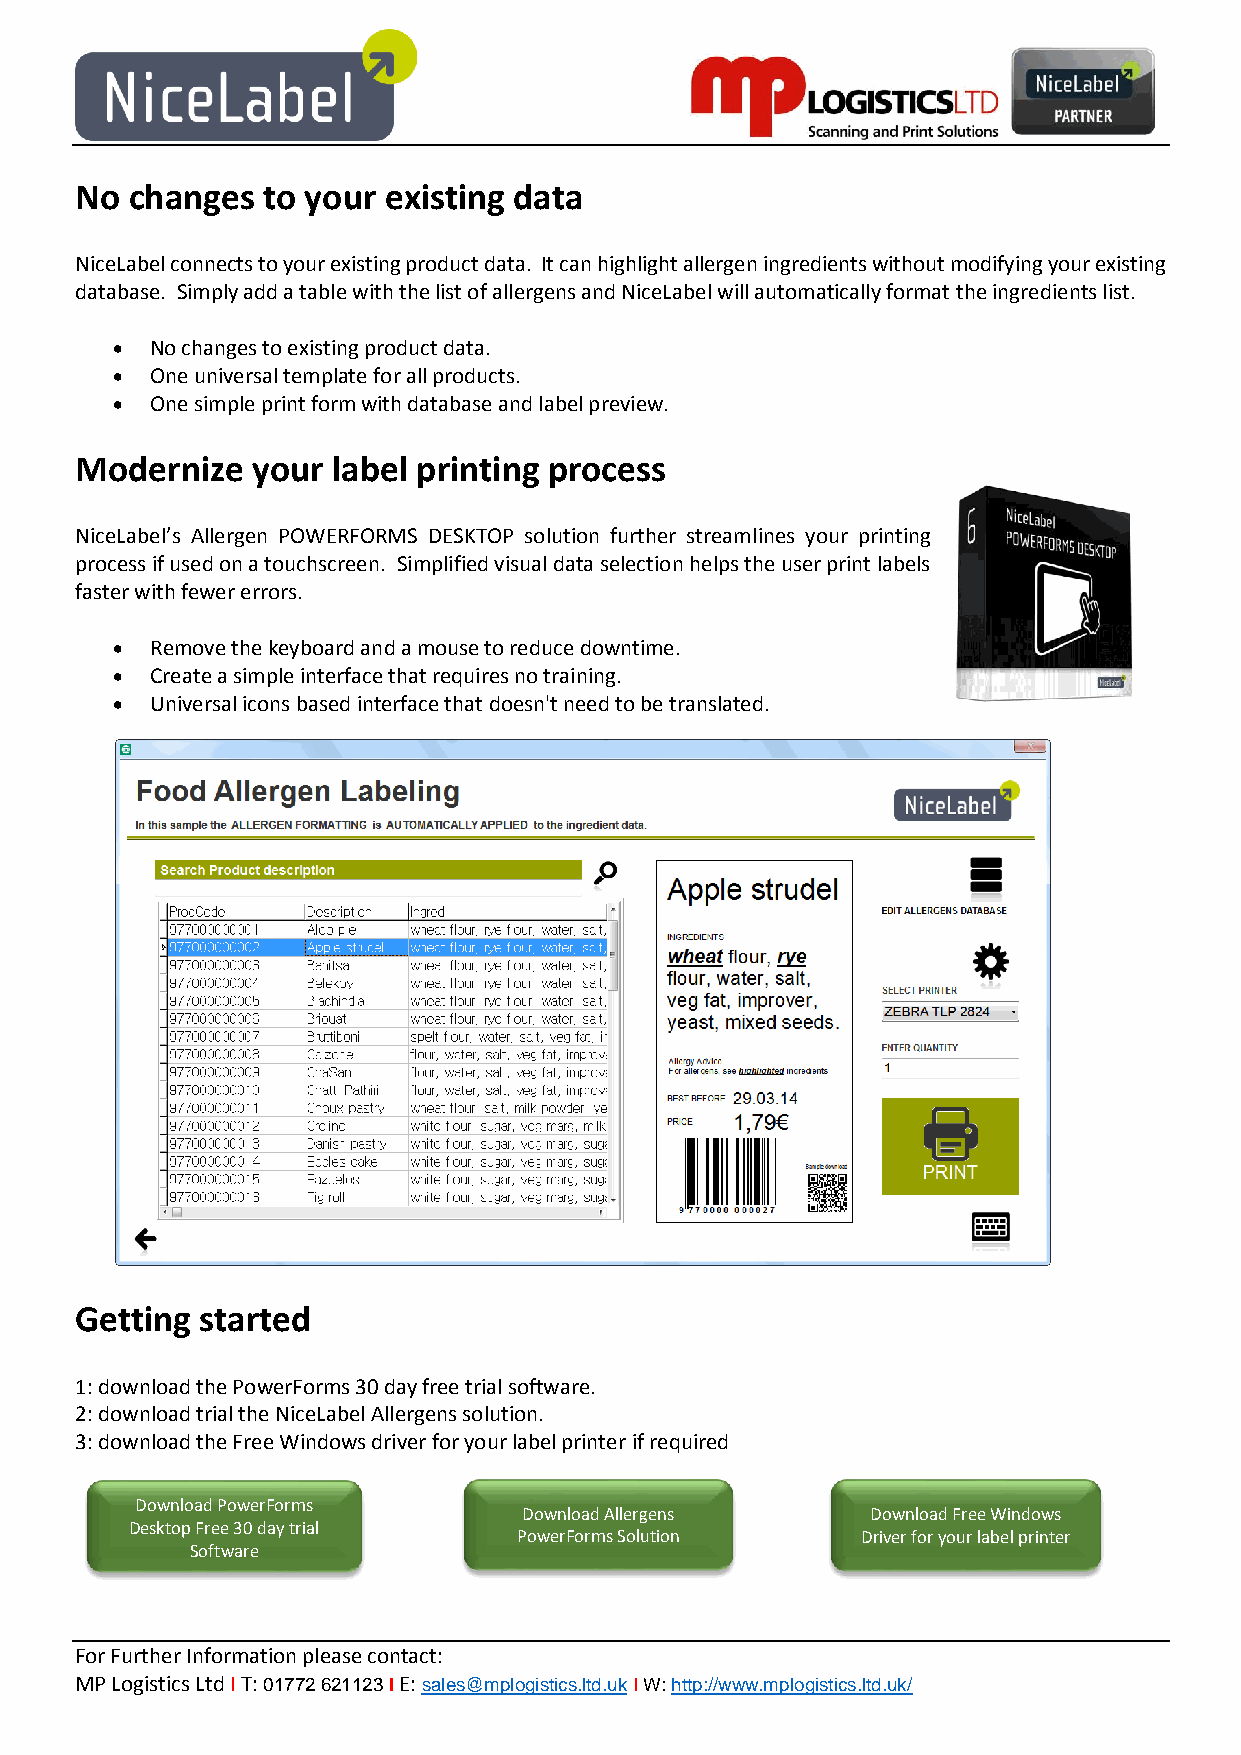
No  changes to your existing data
 NiceLabel connects to your existing product data. It can highlight allergen ingredients without modifying your existing
 database. Simply add a table with the list of allergens and NiceLabel will automatically format the ingredients list.
   No changes to existing product data.
   One universal template for all products.
   One simple print form with database and label preview.
 Modernize   your label printing process
 NiceLabel’s Allergen POWERFORMS DESKTOP solution further streamlines your printing
 process if used on a touchscreen. Simplified visual data selection helps the user print labels
 faster with fewer errors.
   Remove the keyboard and a mouse to reduce downtime.
   Create a simple interface that requires no training.
   Universal icons based interface that doesn't need to be translated.
 Getting started
 1: download the PowerForms 30 day free trial software.
 2: download trial the NiceLabel Allergens solution.
 3: download the Free Windows driver for your label printer if required
 Download PowerForms
 Download Allergens     Download Free Windows
 Desktop Free 30 day trial
 PowerForms Solution    Driver for your label printer
 Software
 For Further Information please contact:
 MP Logistics Ltd I T: 01772 621123 I E: sales@mplogistics.ltd.uk I W: http://www.mplogistics.ltd.uk/